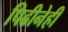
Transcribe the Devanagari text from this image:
पिढीनेही